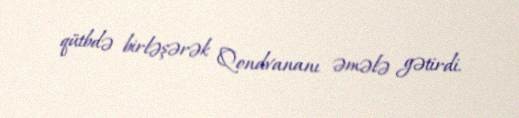
qütbdə birləşərək Qondvananı əmələ gətirdi.